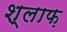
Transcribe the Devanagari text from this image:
श्लाफ़